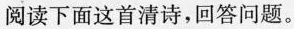
阅读下面这首清诗，回答问题。